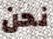
نحن